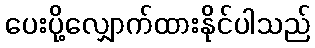
ပေးပို့လျှောက်ထားနိုင်ပါသည်